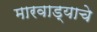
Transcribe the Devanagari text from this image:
मारवाड्याचे